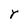
Character: r